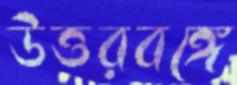
উত্তরবঙ্গে